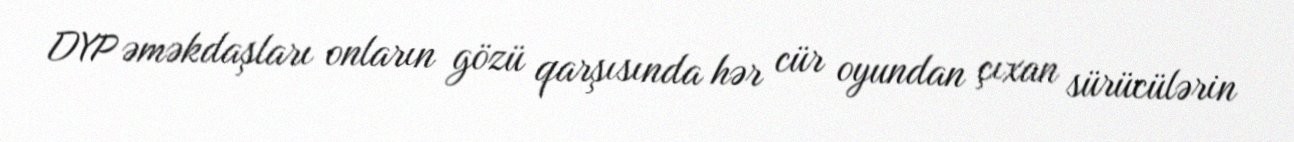
DYP əməkdaşları onların gözü qarşısında hər cür oyundan çıxan sürücülərin